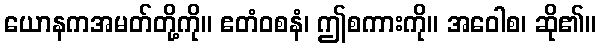
ယောနကအမတ်တို့ကို။ ဧတံဝစနံ၊ ဤစကားကို။ အဝေါစ၊ ဆို၏။